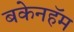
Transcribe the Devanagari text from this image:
बकेनहॅम